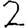
Digit: 2